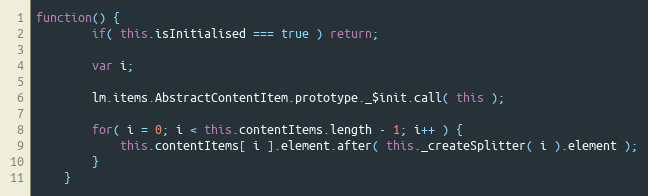
Language: JavaScript
function() {
		if( this.isInitialised === true ) return;

		var i;

		lm.items.AbstractContentItem.prototype._$init.call( this );

		for( i = 0; i < this.contentItems.length - 1; i++ ) {
			this.contentItems[ i ].element.after( this._createSplitter( i ).element );
		}
	}